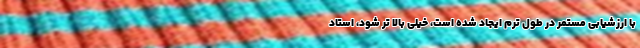
با ارزشیابی مستمر در طول ترم ایجاد شده است، خیلی بالا تر شود، استاد